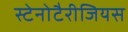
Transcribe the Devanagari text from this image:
स्टेनोटैरीजियस